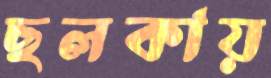
ছলকায়